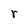
Character: r